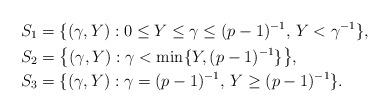
LaTeX: \begin{align*}S_1&=\{(\gamma,Y): 0\leq Y\leq \gamma\leq (p-1)^{-1},\,Y<\gamma^{-1}\},\\S_2&=\big\{(\gamma,Y):\gamma<\min\{Y,(p-1)^{-1}\}\big\},\\S_3&=\{(\gamma,Y):\gamma=(p-1)^{-1},\, Y\geq (p-1)^{-1}\}.\end{align*}